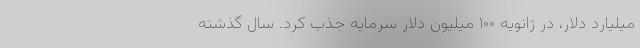
میلیارد دلار، در ژانویه ۱۰۰ میلیون دلار سرمایه جذب کرد. سال گذشته